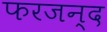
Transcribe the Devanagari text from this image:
फरजन्द